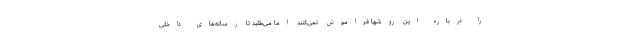
را درباره این روشها فراموش نمی‌کنند اما می‌طلبد تا رسانه‌های داخلی